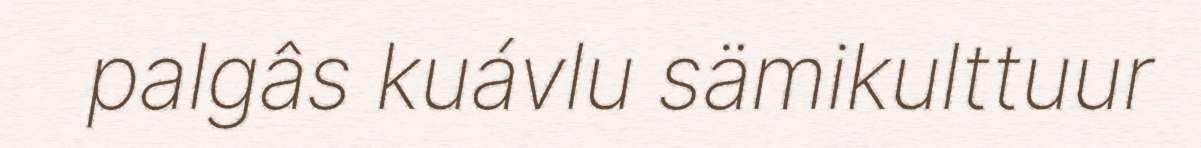
palgâs kuávlu sämikulttuur